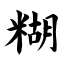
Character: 糊